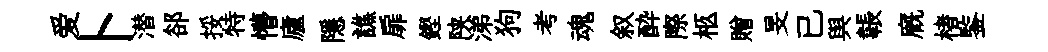
爱卜潜郤挼特懵廬隱譙扉鏗陕涕狗考魂叙酔際柩贈旻已舆韔廐楮鍳